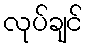
လုပ်ချင်